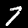
Label: 7